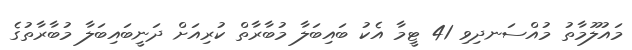
މައުލޫމާތު މުއްސަނދިވި 41 ޓީމާ އެކު ބައިބަލާ މުބާރާތް ކުރިއަށް ދަނީބައިބަލާ މުބާރާތުގެ